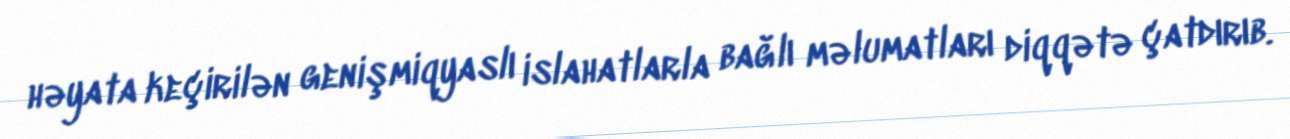
həyata keçirilən genişmiqyaslı islahatlarla bağlı məlumatları diqqətə çatdırıb.